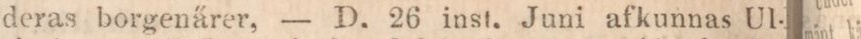
deras borgenärer, — D. 26 inst. Juni afkunnas Ul-